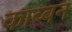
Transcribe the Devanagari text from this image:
काब्बन